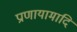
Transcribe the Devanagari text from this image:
प्राणायामादि